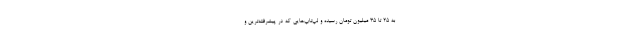
به ۲۵ تا ۳۵ میلیون تومان رسیده و لپ‌تاپ‌هایی که در پیشرفته‌ترین و